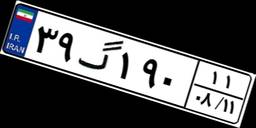
۳۹گ۱۹۰۱۱